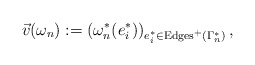
\begin{align*}\vec v(\omega_n) := (\omega^*_n(e_i^*))_{e_i^* \in {\rm Edges}^+(\Gamma^*_n)}\, ,\end{align*}